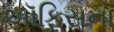
અૉફિસના